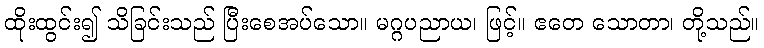
ထိုးထွင်း၍ သိခြင်းသည် ပြီးစေအပ်သော။ မဂ္ဂပညာယ၊ ဖြင့်။ ဧတေ သောတာ၊ တို့သည်။